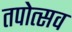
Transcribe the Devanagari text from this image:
तपोत्सव